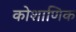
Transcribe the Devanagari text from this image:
कोशाणिक